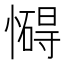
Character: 𢣀